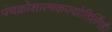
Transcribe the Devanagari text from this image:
पंचक्रोशात्मकज्योतिर्लिगहै।